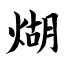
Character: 煳